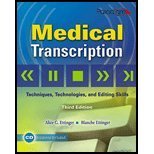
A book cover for Medical Transcription: Techniques, Technologies, and Editing Skills 3rd (third) by Alice G. Ettinger, Blanche Ettinger (2009) Paperback; Medical Books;